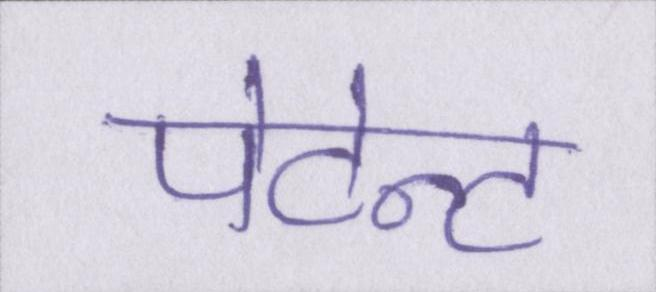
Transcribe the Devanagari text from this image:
पेटेन्ट